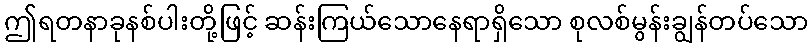
ဤရတနာခုနစ်ပါးတို့ဖြင့် ဆန်းကြယ်သောနေရာရှိသော စုလစ်မွန်းချွန်တပ်သော